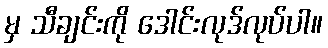
မှ သီချင်းကို ဒေါင်းလုဒ်လုပ်ပါ။